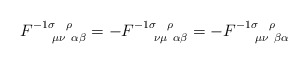
\begin{align*}F^{-1 \sigma ~~\rho }_{~~~~\mu \nu ~\alpha \beta } =- F^{-1 \sigma ~~\rho }_{~~~~\nu \mu ~\alpha \beta } =- F^{-1 \sigma ~~\rho }_{~~~~\mu \nu ~\beta \alpha }\end{align*}